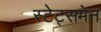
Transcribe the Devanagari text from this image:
स्टेट्समेन